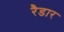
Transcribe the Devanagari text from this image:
रैडार